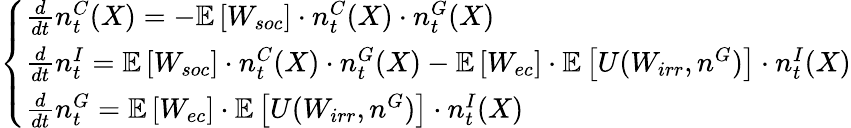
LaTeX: \left\{ \begin{array}{ll}{\frac{d}{dt}n_{t}^{C}(X)=-\mathbb{E}\left[W_{soc}\right]\cdot n_{t}^{C}(X)\cdot n_{t}^{G}(X)}\\ {\frac{d}{dt}n_{t}^{I}=\mathbb{E}\left[W_{soc}\right]\cdot n_{t}^{C}(X)\cdot n_{t}^{G}(X)-\mathbb{E}\left[W_{ec}\right]\cdot\mathbb{E}\left[U(W_{irr},n^{G})\right]\cdot n_{t}^{I}(X)}\\ {\frac{d}{dt}n_{t}^{G}=\mathbb{E}\left[W_{ec}\right]\cdot\mathbb{E}\left[U(W_{irr},n^{G})\right]\cdot n_{t}^{I}(X)}\end{array}\right.